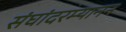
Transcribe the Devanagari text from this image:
संघांदरम्यानन